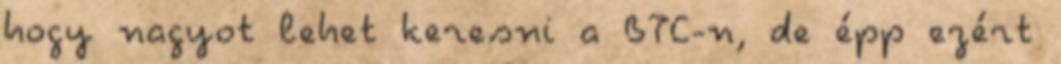
hogy nagyot lehet keresni a BTC-n, de épp ezért